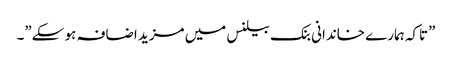
”تاکہ ہمارے خاندانی بنک بیلنس میں مزید اضافہ ہو سکے”۔